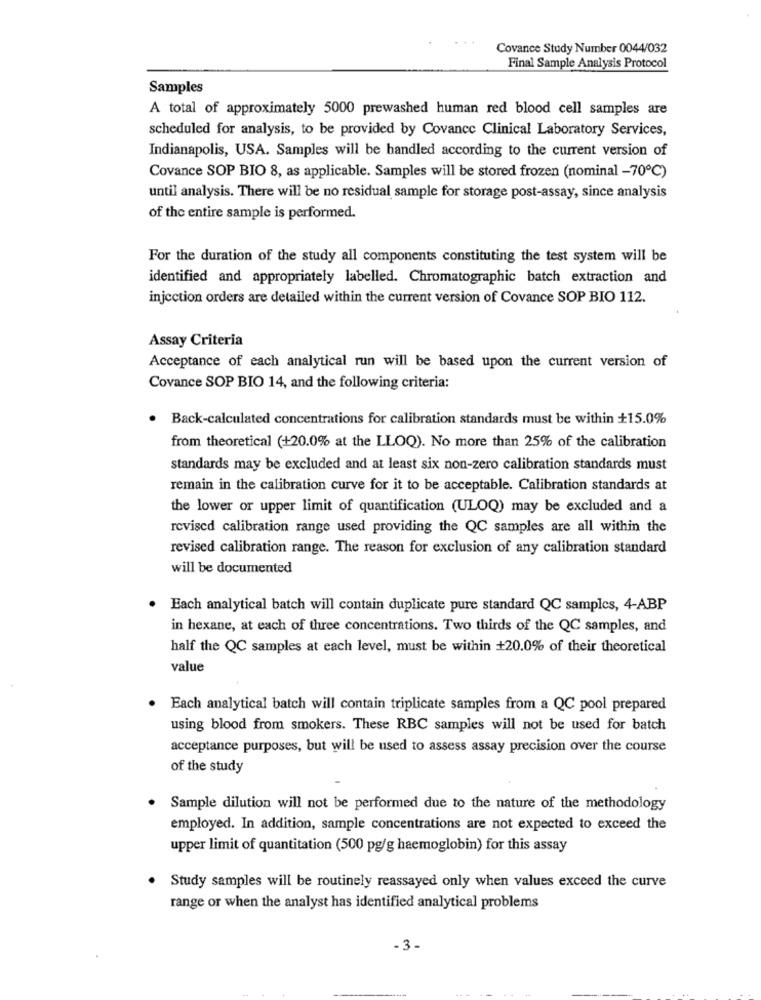
Covance Study Number 0044/032
Final Sample Analysis Protocol
Samples
A total of approximately 5000 prewashed human red blood cell samples are
scheduled for analysis, to be provided by Covance Clinical Laboratory Services,
Indianapolis, USA. Samples will be handled according to the current version of
Covance SOP BIO 8, as applicable. Samples will be stored frozen (nominal -70℃)
until analysis. There will be no residual sample for storage post-assay, since analysis
of the entire sample is performed.
For the duration of the study all components constituting the test system will be
identified and appropriately labelled. Chromatographic batch extraction and
injection orders are detailed within the current version of Covance SOP BIO 112.
Assay Criteria
Acceptance of each analytical run will be based upon the current version of
Covance SOP BIO 14, and the following criteria:
Back-calculated concentrations for calibration standards must be within +15.0%
from theoretical (+20.0% at the LLOQ). No more than 25% of the calibration
standards may be excluded and at least six non-zero calibration standards must
remain in the calibration curve for it to be acceptable. Calibration standards at
the lower or upper limit of quantification (ULOQ) may be excluded and a
revised calibration range used providing the QC samples are all within the
revised calibration range. The reason for exclusion of any calibration standard
will be documented
Each analytical batch will contain duplicate pure standard QC samples, 4-ABP
in hexane, at each of three concentrations. Two thirds of the QC samples, and
half the QC samples at each level, must be within +20.0% of their theoretical
value
Each analytical batch will contain triplicate samples from a QC pool prepared
using blood from smokers. These RBC samples will not be used for batch
acceptance purposes, but will be used to assess assay precision over the course
of the study
Sample dilution will not be performed due to the nature of the methodology
employed. In addition, sample concentrations are not expected to exceed the
upper limit of quantitation (500 pg/g haemoglobin) for this assay
Study samples will be routinely reassayed only when values exceed the curve
range or when the analyst has identified analytical problems
- 3.